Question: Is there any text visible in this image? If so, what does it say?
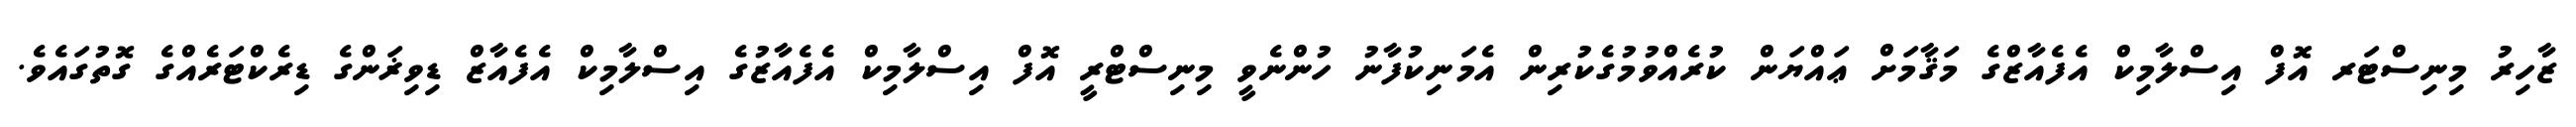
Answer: ޒާހިރު މިނިސްޓަރ އޮފް އިސްލާމިކް އެފެއާޒްގެ މަޤާމަށް ޢައްޔަން ކުރެއްވުމުގެކުރިން އެމަނިކުފާނު ހުންނެވީ މިނިސްޓްރީ އޮފް އިސްލާމިކް އެފެއާޒުގެ އިސްލާމިކް އެފެއާޒް ޑިވިޜަންގެ ޑިރެކްޓަރެއްގެ ގޮތުގައެވެ.